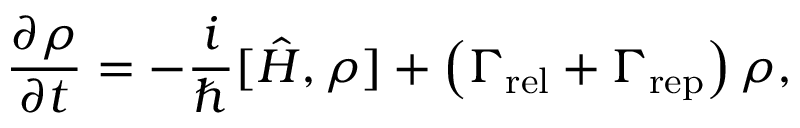
\frac { \partial \rho } { \partial t } = - \frac { i } { \hbar } [ \hat { H } , \rho ] + \left( \Gamma _ { \mathrm { r e l } } + \Gamma _ { \mathrm { r e p } } \right) \rho ,